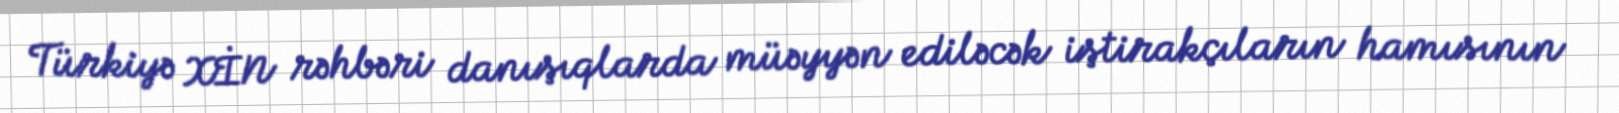
Türkiyə XİN rəhbəri danışıqlarda müəyyən ediləcək iştirakçıların hamısının